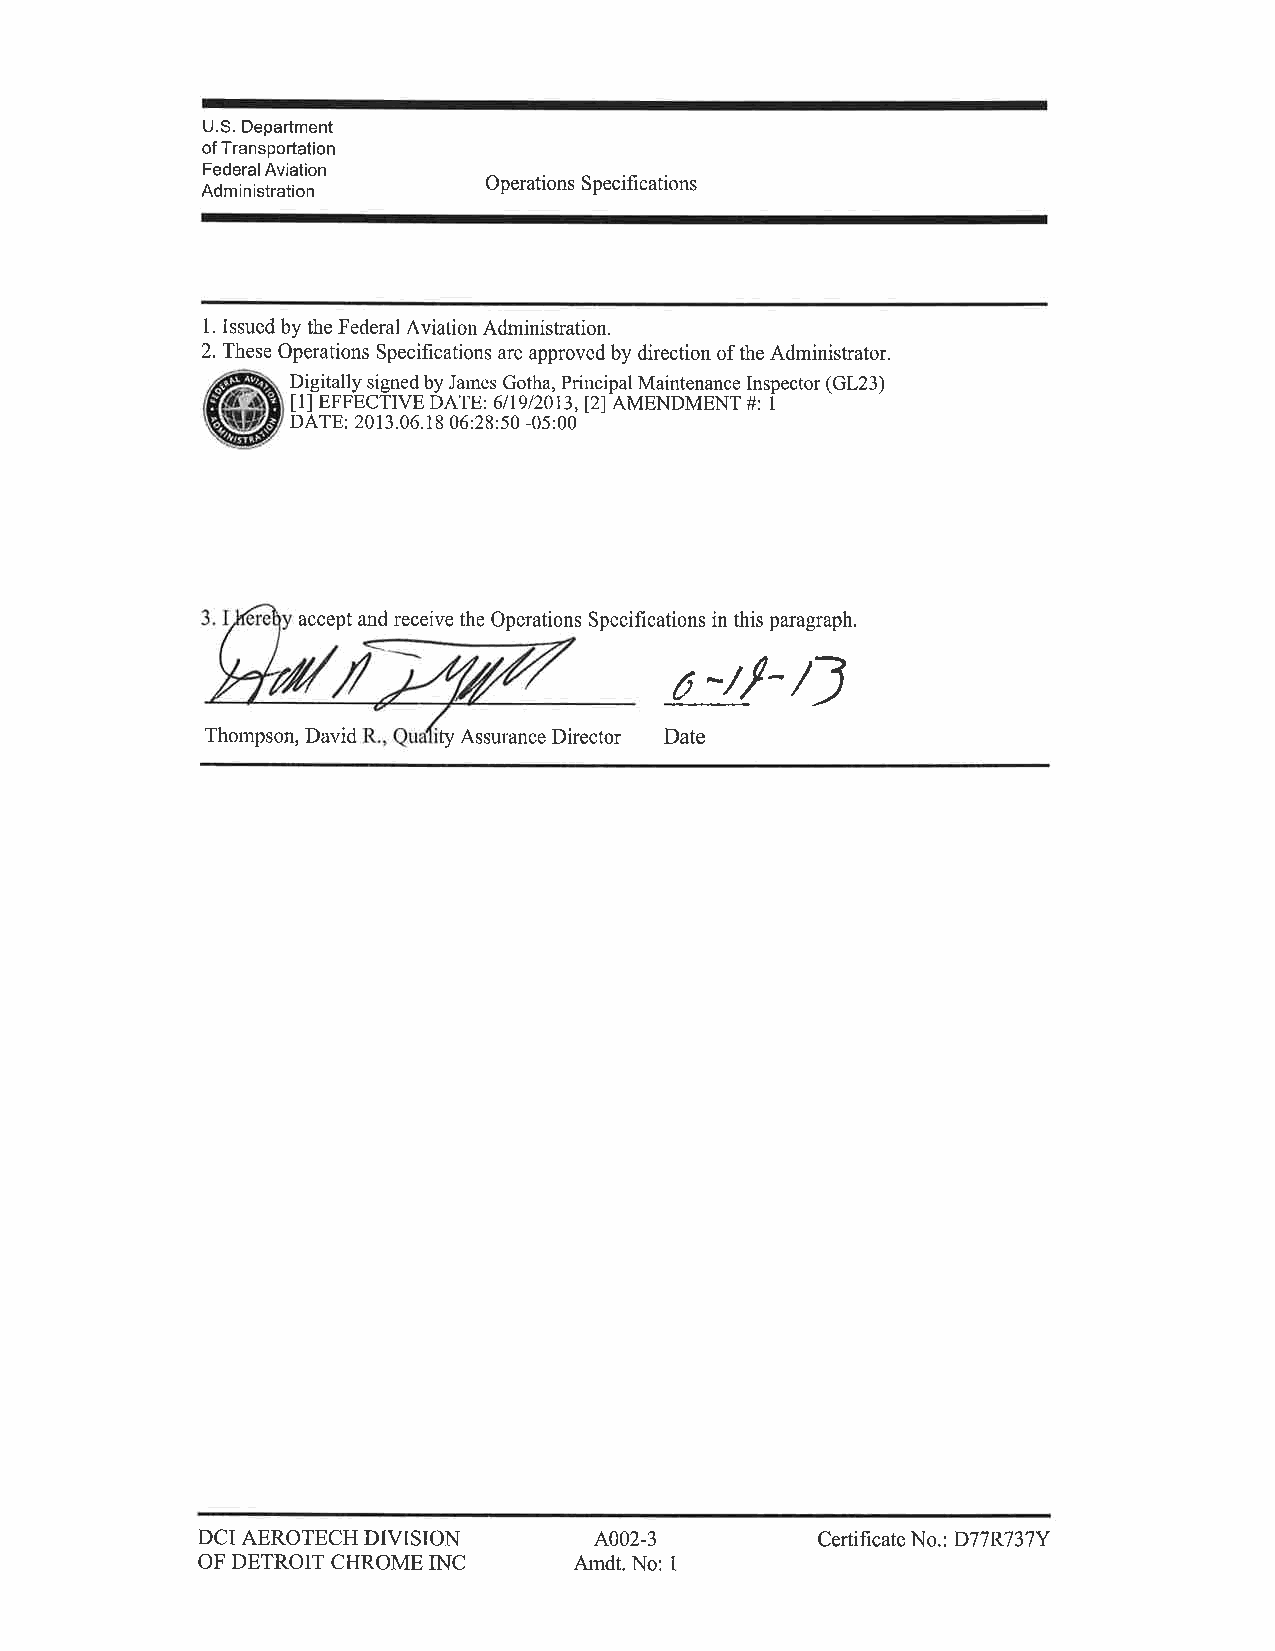
U.S. Department
 of Transportation
 Federal Aviation
 Administration     Operations Specifi cations
 1. Issued by the Federal Aviation Administration.
 2. These Operations Specihcations are approved by direction of the Administrator.
 Digitally signed by James Gotha, Principal Maintenance Inspector (GL23)
 [1] EFFECTIVE DATE: 611912013, [2] AMENDMENT#: I
 DATE: 2013.06.18 06:28:50 -05:00
 accept and receive the Operations Speciflrcations in this paragraph.
 ¿4-/J
 Thompson, David fy Assurance Director Date
 DCI AEROTECH DIVISION      11002-3       Certificate No.: D77R737Y
 OF DETROIT CHROME INC    Amdt. No: I